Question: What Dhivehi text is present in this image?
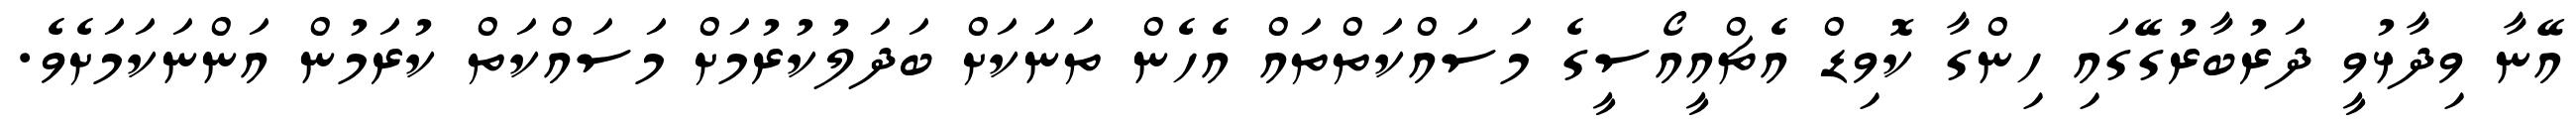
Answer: އޭނާ ވިދާޅުވީ ދަރުބާރުގޭގައި ހިންގާ ކޮވިޑް އެޗްއީއޯސީގެ މަސައްކަތްތައް އެހެން ތަނަކަށް ބަދަލުކުރުމަށް މަސައްކަތް ކުރަމުން އަންނަކަމަށެވެ.